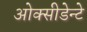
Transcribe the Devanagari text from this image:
ओक्सीडेन्टे